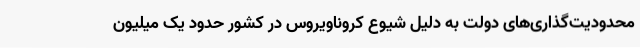
محدودیت‌گذاری‌های دولت به دلیل شیوع کروناویروس در کشور حدود یک میلیون